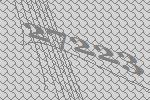
27223